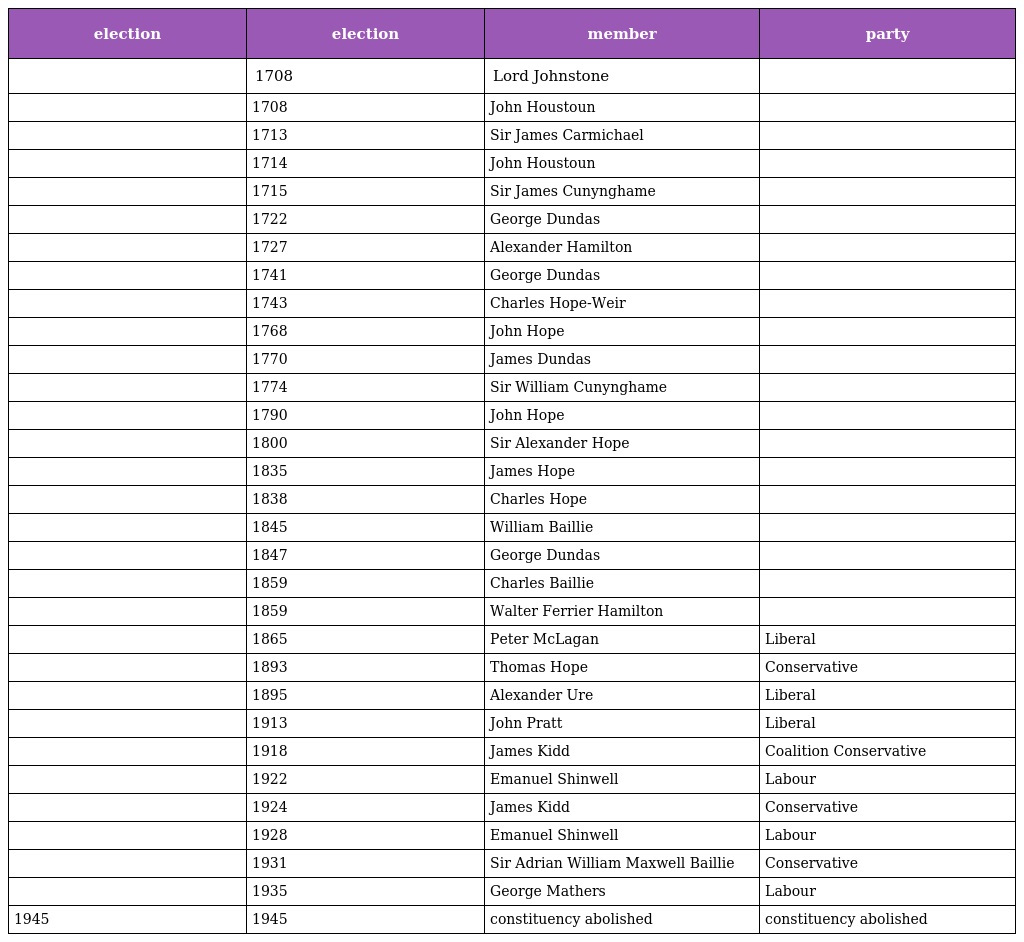
| election | election | member | party |
 | --- | --- | --- | --- |
 |  | 1708 | Lord Johnstone |  |
 |  | 1708 | John Houstoun |  |
 |  | 1713 | Sir James Carmichael |  |
 |  | 1714 | John Houstoun |  |
 |  | 1715 | Sir James Cunynghame |  |
 |  | 1722 | George Dundas |  |
 |  | 1727 | Alexander Hamilton |  |
 |  | 1741 | George Dundas |  |
 |  | 1743 | Charles Hope-Weir |  |
 |  | 1768 | John Hope |  |
 |  | 1770 | James Dundas |  |
 |  | 1774 | Sir William Cunynghame |  |
 |  | 1790 | John Hope |  |
 |  | 1800 | Sir Alexander Hope |  |
 |  | 1835 | James Hope |  |
 |  | 1838 | Charles Hope |  |
 |  | 1845 | William Baillie |  |
 |  | 1847 | George Dundas |  |
 |  | 1859 | Charles Baillie |  |
 |  | 1859 | Walter Ferrier Hamilton |  |
 |  | 1865 | Peter McLagan | Liberal |
 |  | 1893 | Thomas Hope | Conservative |
 |  | 1895 | Alexander Ure | Liberal |
 |  | 1913 | John Pratt | Liberal |
 |  | 1918 | James Kidd | Coalition Conservative |
 |  | 1922 | Emanuel Shinwell | Labour |
 |  | 1924 | James Kidd | Conservative |
 |  | 1928 | Emanuel Shinwell | Labour |
 |  | 1931 | Sir Adrian William Maxwell Baillie | Conservative |
 |  | 1935 | George Mathers | Labour |
 | 1945 | 1945 | constituency abolished | constituency abolished |